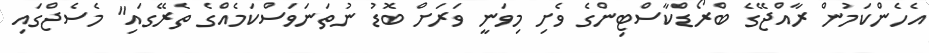
އެހެންކަމުން ރާއްޖޭގެ ބްރޯޑްކާސްޓިންގެ ވެށި މިވަނީ ވަރަށް ބޮޑު ނުތަނަވަސްކަމެއްގެ ތެރޭގައި" މެސެޖްގައި